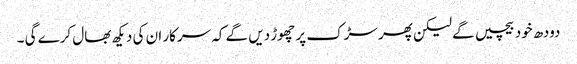
دودھ خود بیچیں گے لیکن پھر سڑک پر چھوڑ دیں گے کہ سرکار ان کی دیکھ بھال کرے گی ۔